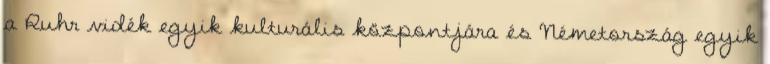
a Ruhr vidék egyik kulturális központjára és Németország egyik